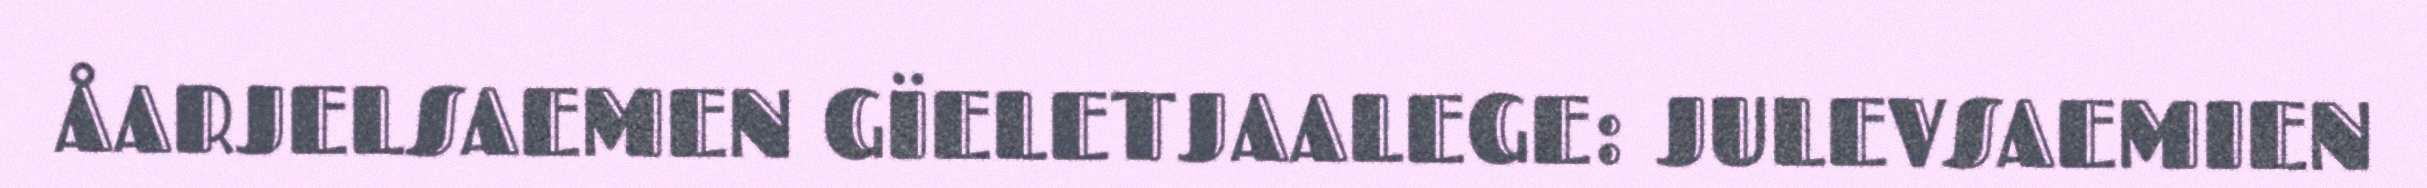
ÅARJELSAEMEN GÏELETJAALEGE: JULEVSAEMIEN